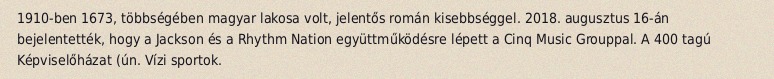
1910-ben 1673, többségében magyar lakosa volt, jelentős román kisebbséggel. 2018. augusztus 16-án bejelentették, hogy a Jackson és a Rhythm Nation együttműködésre lépett a Cinq Music Grouppal. A 400 tagú Képviselőházat (ún. Vízi sportok.